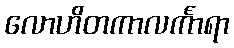
လောဟိတကာလင်္ကာရာ